Document type: bank_statement
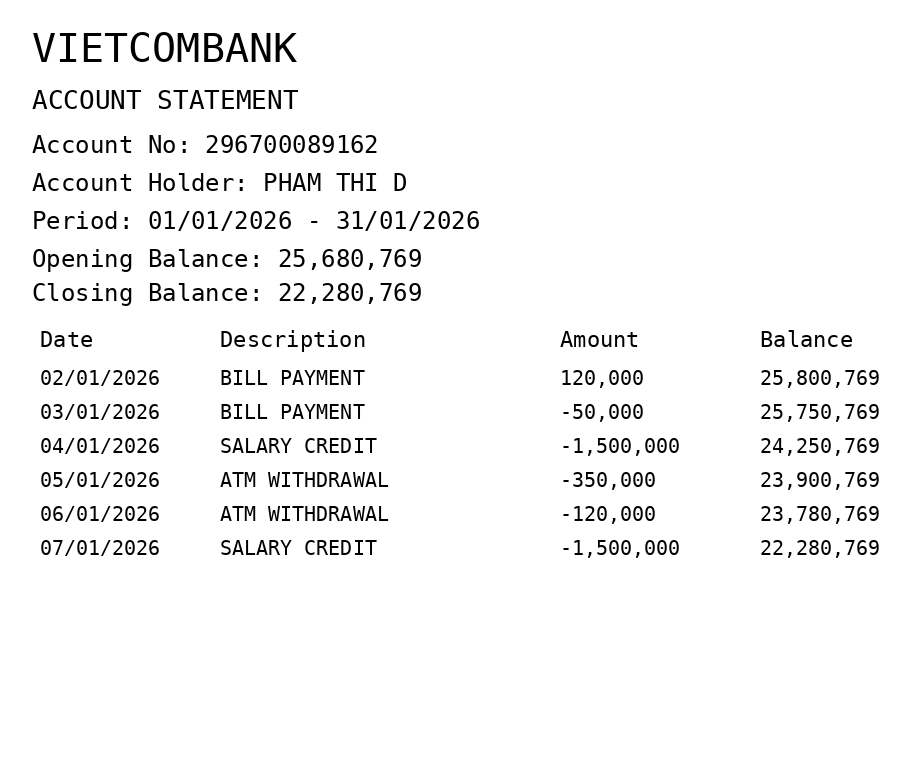
OCR transcript:
VIETCOMBANK
ACCOUNT STATEMENT
Account No: 296700089162
Account Holder: PHAM THI D
Period: 01/01/2026 - 31/01/2026
Opening Balance: 25,680,769
Closing Balance: 22,280,769
Date
Description
Amount
Balance
02/01/2026
BILL PAYMENT
120,000
25,800,769
03/01/2026
BILL PAYMENT
-50,000
25,750,769
04/01/2026
SALARY CREDIT
-1,500,000
24,250,769
05/01/2026
ATM WITHDRAWAL
-350,000
23,900,769
06/01/2026
ATM WITHDRAWAL
-120,000
23,780,769
07/01/2026
SALARY CREDIT
-1,500,000
22,280,769
Extracted fields:
bank_name: vietcombank
account_number: 296700089162
account_holder: pham thi d
statement_period: 01/01/2026 - 31/01/2026
opening_balance: 25680769
closing_balance: 22280769
transactions: date: 2026-01-02
description: bill payment
amount: 120000
balance: 25800769
date: 2026-01-03
description: bill payment
amount: -50000
balance: 25750769
date: 2026-01-04
description: salary credit
amount: -1500000
balance: 24250769
date: 2026-01-05
description: atm withdrawal
amount: -350000
balance: 23900769
date: 2026-01-06
description: atm withdrawal
amount: -120000
balance: 23780769
date: 2026-01-07
description: salary credit
amount: -1500000
balance: 22280769